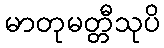
မာတုမတ္တီသုပိ